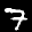
Label: 7